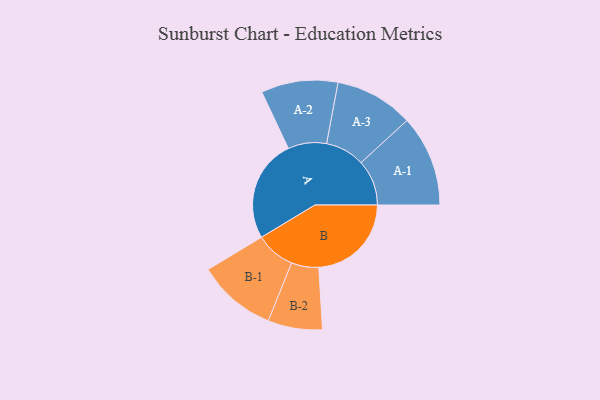
{"axis": {"x": "Segment", "y": "Value"}, "legend": ["", "A", "B"], "data": [{"x": "A", "y": 441, "type": ""}, {"x": "B", "y": 398, "type": ""}, {"x": "A-1", "y": 196, "type": "A"}, {"x": "A-2", "y": 165, "type": "A"}, {"x": "A-3", "y": 169, "type": "A"}, {"x": "B-1", "y": 170, "type": "B"}, {"x": "B-2", "y": 117, "type": "B"}]}